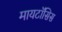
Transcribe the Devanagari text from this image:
मायटॉसिस